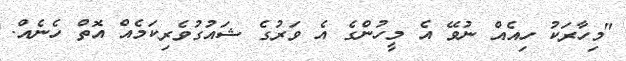
"މިހާރަކު ހިއެއް ނުވޭ އެ މީހުންގެ އެ ވަރުގެ ޝައުގުވެރިކަމެއް އޮތް ހެނެއް.